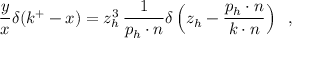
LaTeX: { \frac { y } { x } } \delta ( k ^ { + } - x ) = z _ { h } ^ { 3 } \, { \frac { 1 } { p _ { h } \cdot n } } \delta \left( z _ { h } - { \frac { p _ { h } \cdot n } { k \cdot n } } \right) \; \; ,